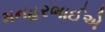
મનહરભાઈએ